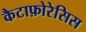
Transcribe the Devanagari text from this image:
कैटाफ़ोरेसिस